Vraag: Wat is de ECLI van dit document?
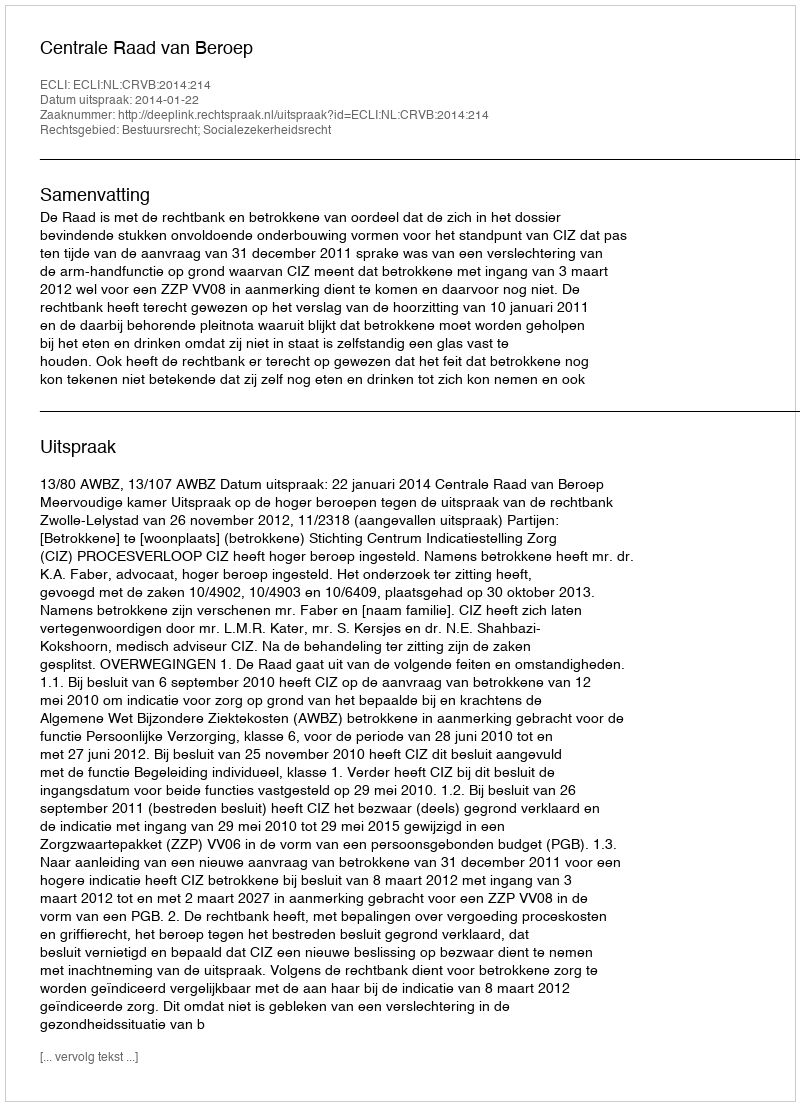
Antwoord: ECLI:NL:CRVB:2014:214